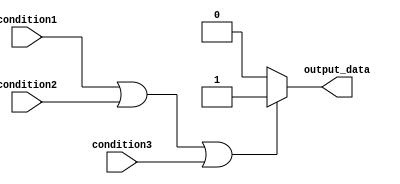
module behavioral_block (
    input condition1,
    input condition2,
    input condition3,
    output reg output_data
);

    always @* begin
        if (condition1 || condition2 || condition3) begin
            // If any of the conditions are true
            output_data <= 1;
        end else begin
            // If none of the conditions are true
            output_data <= 0;
        end
    end

endmodule